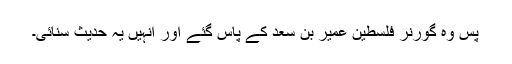
پس وہ گورنر فلسطین عمیر بن سعد کے پاس گئے اور انہیں یہ حدیث سنائی۔